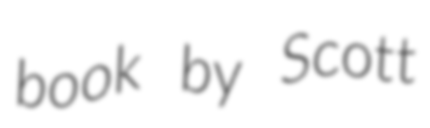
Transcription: book by Scott